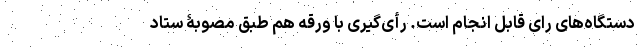
دستگاه‌های رای قابل انجام است. رأی‌گیری با ورقه هم طبق مصوبۀ ستاد